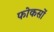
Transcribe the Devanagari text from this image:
फोकसों